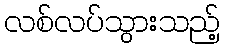
လစ်လပ်သွားသည့်